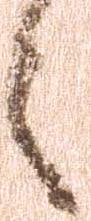
々